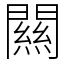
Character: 闗